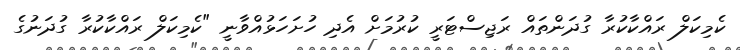
ކެމިކަލް ރައްކާކުރާ ގުދަންތައް ރަޖިސްޓަރީ ކުރުމަށް އެދި ހުށަހަޅުއްވާނީ "ކެމިކަލް ރައްކާކުރާ ގުދަނުގެ